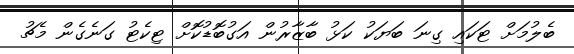
ބެލުމަށް ޓަކައި ގިނަ ބަޔަކު ކަޅު ބާޒާރުން އަގުބޮޑުކޮށް ޓިކެޓު ގަނެގެން މެޗު